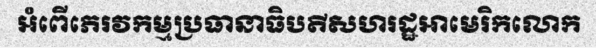
អំពើភេរវកម្មប្រធានាធិបតីសហរដ្ឋអាមេរិកលោក